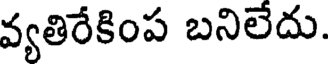
వ్యతిరేకింప బనిలేదు.